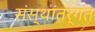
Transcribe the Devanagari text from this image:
संस्थांतर्गत